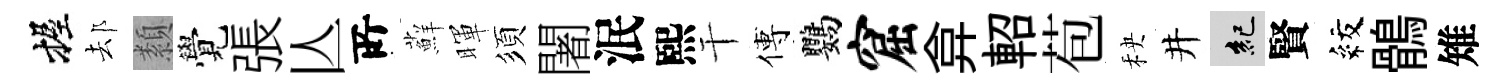
握𨚫纇覺張亾𠩄蘚暉須闍泯熙干傅鸚窟弇軺苞秧井紀賢紋鶻雉